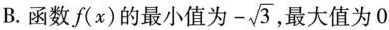
B.函数f(x)的最小值为-\sqrt{3},最大值为0